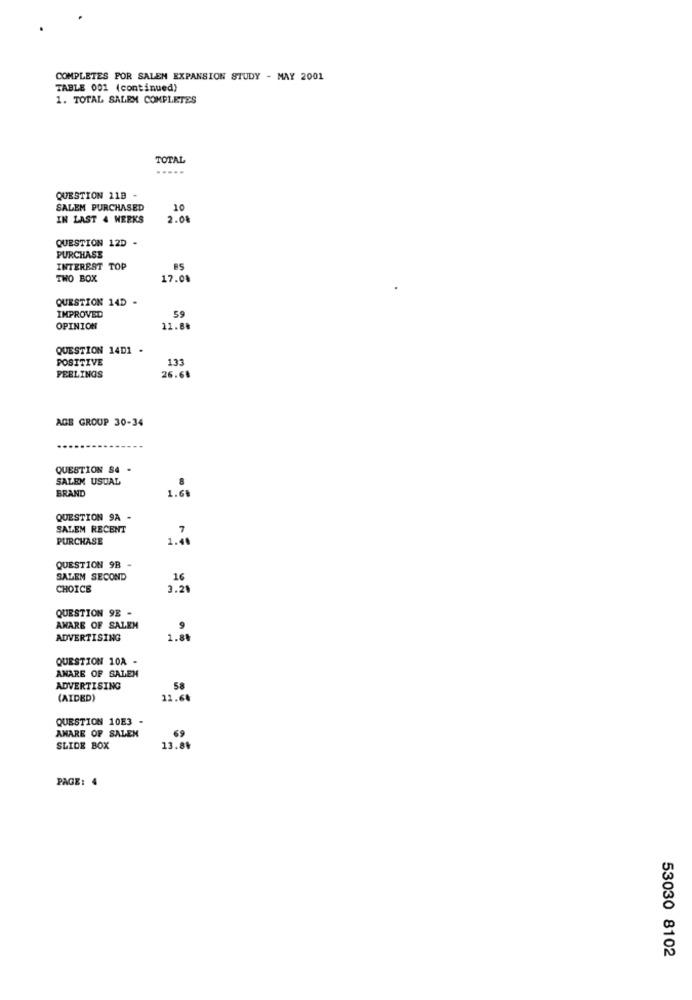
COMPLETES POR SALEM EXPANSION STUDY - MAY 2001
TABLE 001 (continued)
1. TOTAL SALEM COMPLETES
TOTAL
.....
QUESTION 11B -
SALEM PURCHASED
10
IN LAST 4 WEEKS
2.08
QUESTION 12D
PURCHASE
INTEREST TOP
TWO BOX
17.08
QUESTION 14D -
IMPROVED
59
OPINION
11.88
QUESTION 14D1 .
POSITIVE
133
FEELINGS
26.68
AGE GROUP 30-34
QUESTION S4 -
SALEM USUAL
BRAND
1.60
QUESTION 9A -
SALEM RECENT
7
PURCHASE
1.40
QUESTION 9B -
SALEM SECOND
16
CHOICE
3.20
QUESTION 9E -
AWARE OF SALEM
9
ADVERTISING
1.88
QUESTION 10A -
AMARE OF SALEM
ADVERTISING
58
(AIDED)
11.64
QUESTION 10E3 -
69
AMARE OF SALEN
SLIDE BOX
13.84
PAGE: 4
53030 8102